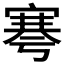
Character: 𡩱